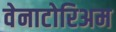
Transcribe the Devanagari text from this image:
वेनाटोरिअम